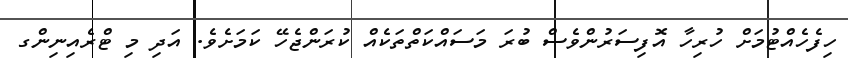
ހިފެހެއްޓުމަށް ހުރިހާ އޮފިސަރުންވެސް ބުރަ މަސައްކަތްތަކެއް ކުރަންޖެހޭ ކަމަށެވެ. އަދި މި ޓްރެއިނިންގ